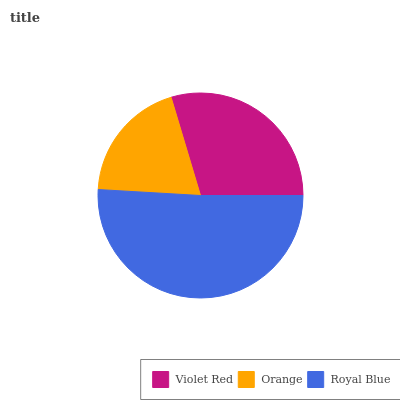
| Violet Red | Orange | Royal Blue |
 | --- | --- | --- |
 | 29.6% | 19.4% | 51% |